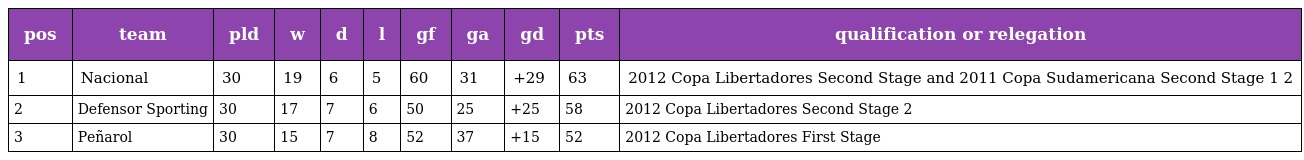
| pos | team | pld | w | d | l | gf | ga | gd | pts | qualification or relegation |
 | --- | --- | --- | --- | --- | --- | --- | --- | --- | --- | --- |
 | 1 | Nacional | 30 | 19 | 6 | 5 | 60 | 31 | +29 | 63 | 2012 Copa Libertadores Second Stage and 2011 Copa Sudamericana Second Stage 1 2 |
 | 2 | Defensor Sporting | 30 | 17 | 7 | 6 | 50 | 25 | +25 | 58 | 2012 Copa Libertadores Second Stage 2 |
 | 3 | Peñarol | 30 | 15 | 7 | 8 | 52 | 37 | +15 | 52 | 2012 Copa Libertadores First Stage |